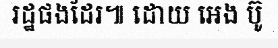
រដ្ឋផងដែរ៕ ដោយ អេង ប៊ូ